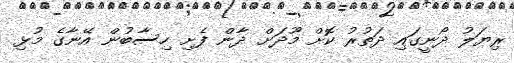
ރިޔަލު ދޯނީގައި ދަތުރު ކޮށް މޫދަށް ދާން ފެށި ހިސާބުން އޭނާގެ މުޅި